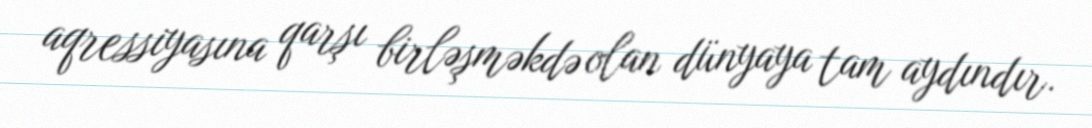
aqressiyasına qarşı birləşməkdə olan dünyaya tam aydındır.